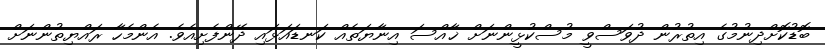
ބޮޑުކޮށްދިނުމުގެ އިތުރުން ދުވަސްވީ މުސްކުޅީންނަށް ޚާއްސަ އިނާޔަތެއް ކަނޑައަޅައި ދޭންފެށިއެވެ. އެންމެހާ ރައްޔިތުންނަށް